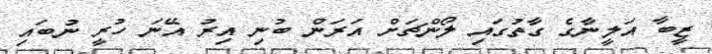
ޒީބާ އަލީނާގެ ގާތުގައި ލޯންޗަށް އަރަން ބުނި އިރު އޭނަ ހުރީ ނުބައި